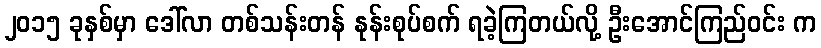
၂၀၁၅ ခုနှစ်မှာ ဒေါ်လာ တစ်သန်းတန် နုန်းစုပ်စက် ရခဲ့ကြတယ်လို့ ဦးအောင်ကြည်ဝင်း က